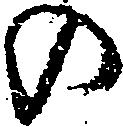
の